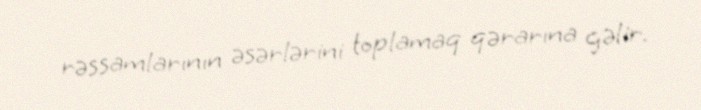
rəssamlarının əsərlərini toplamaq qərarına gəlir.